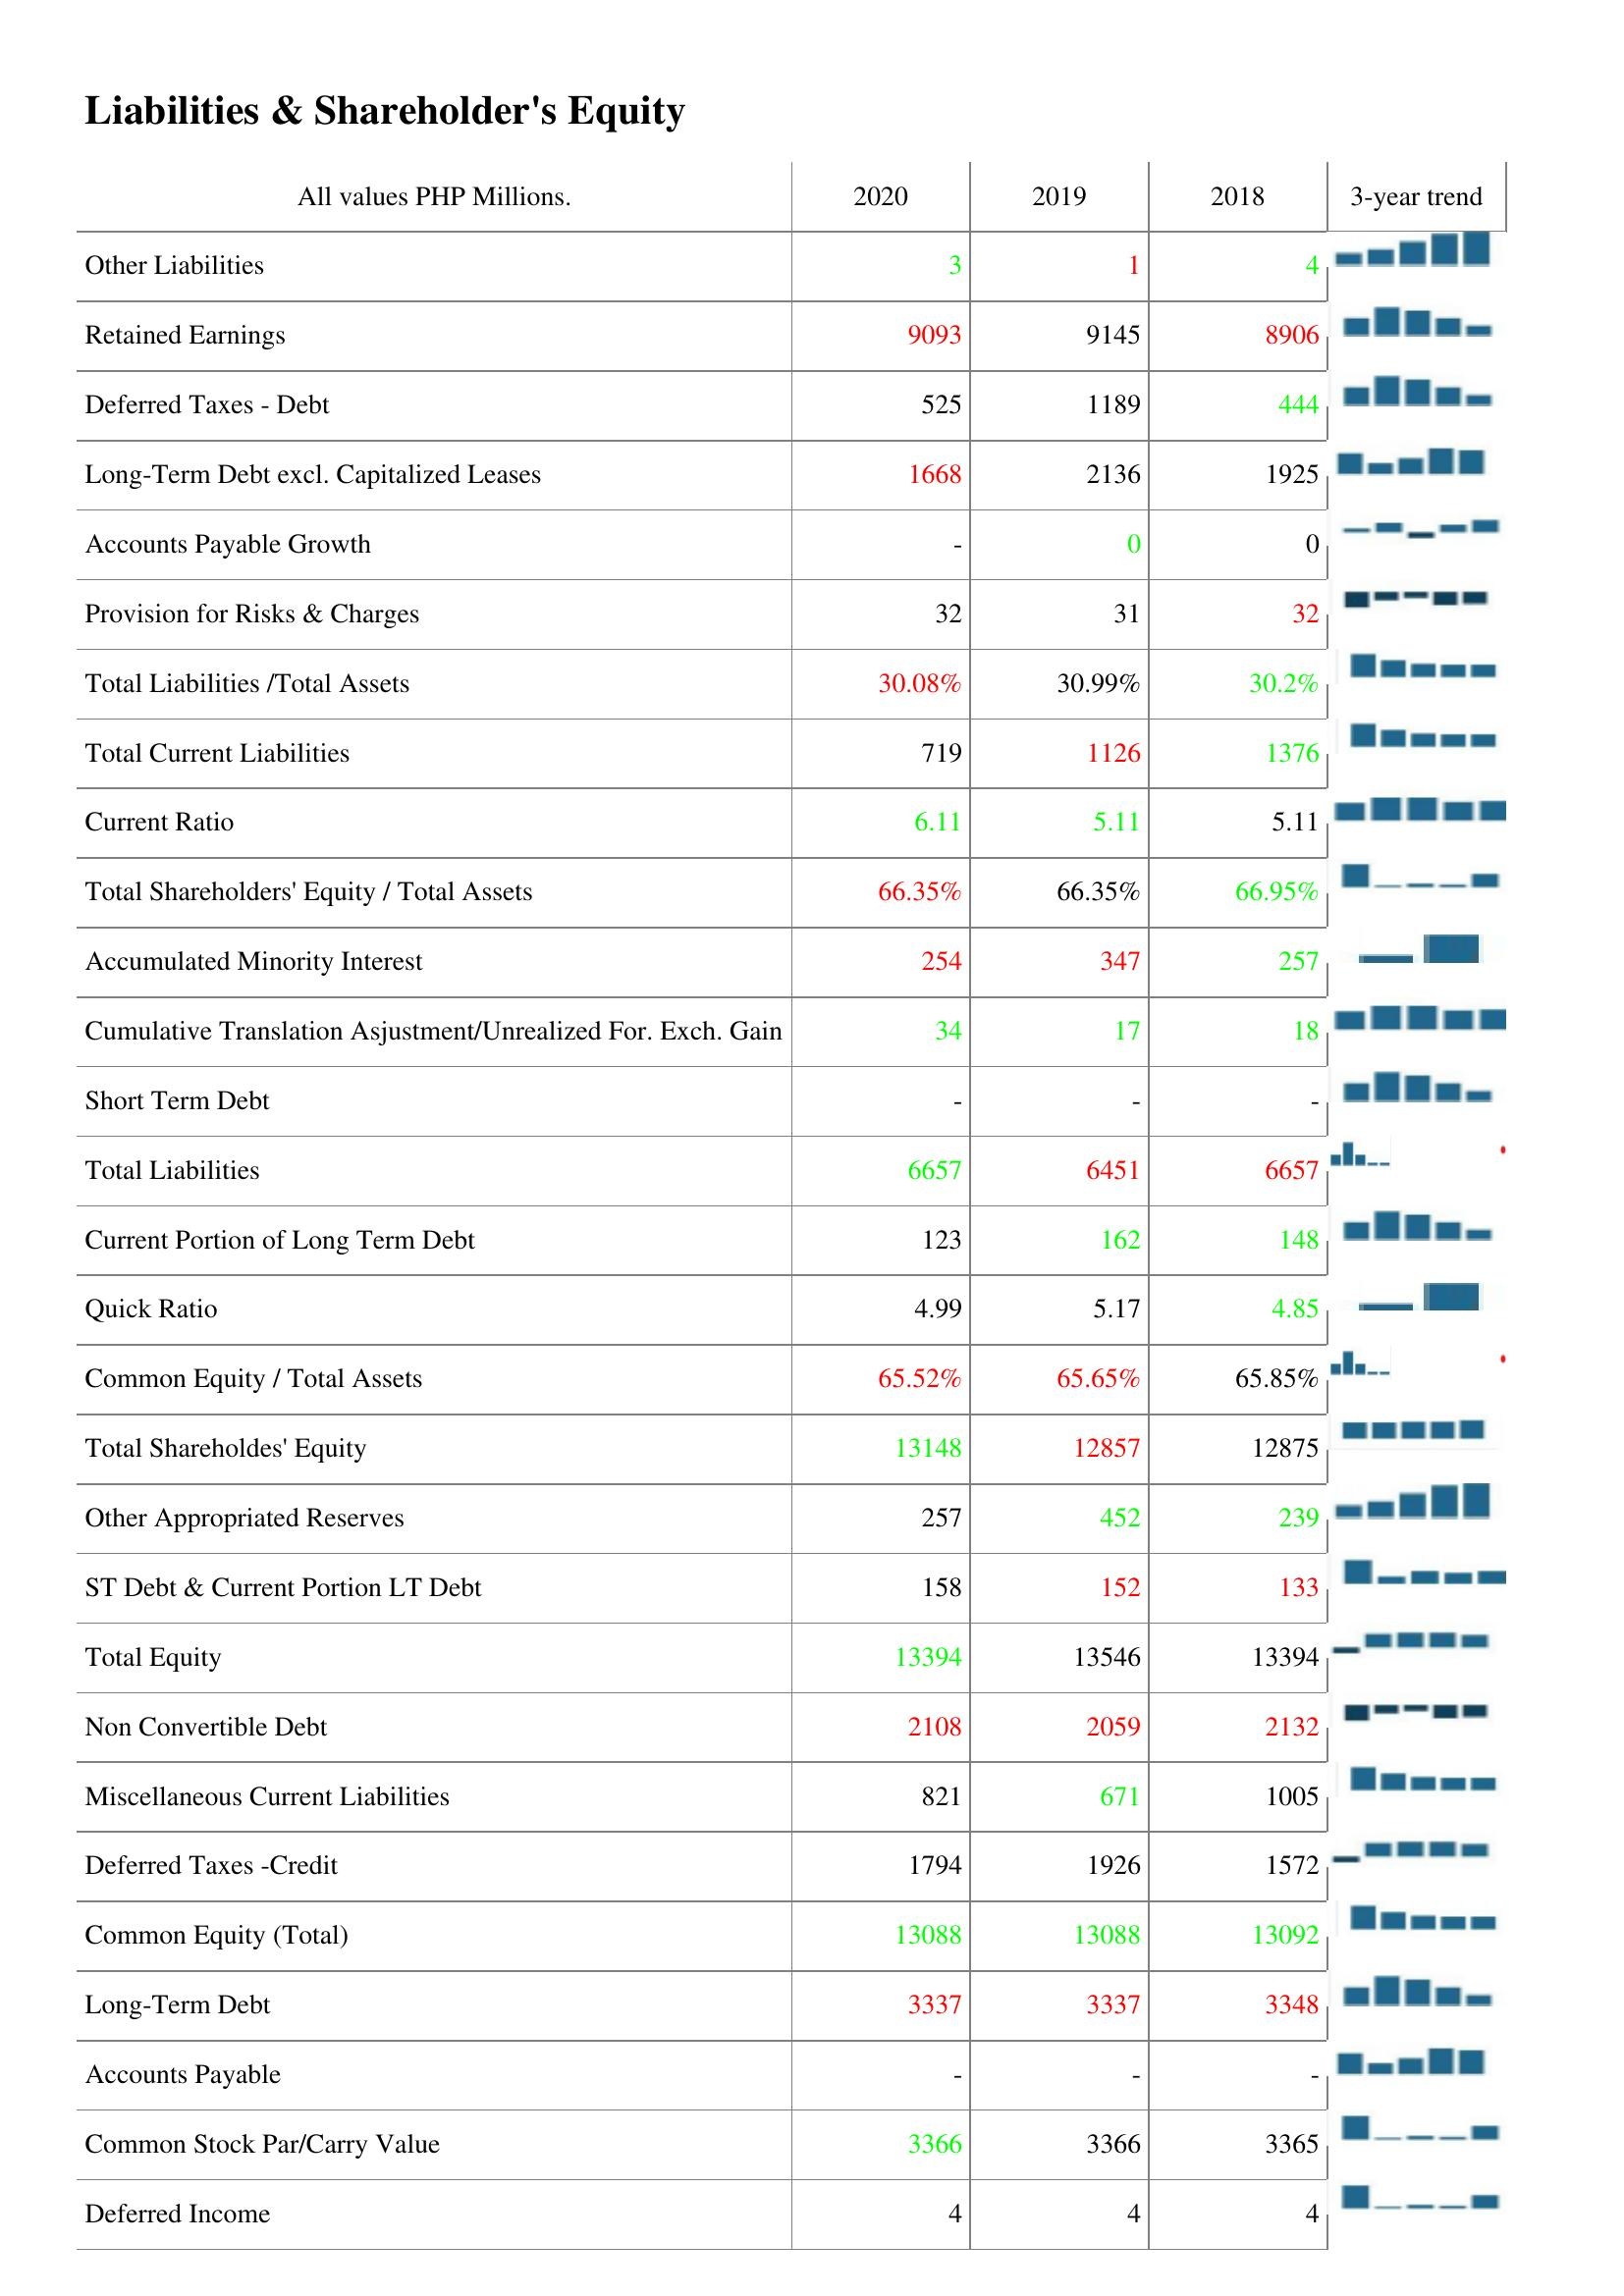
2020: Liabilities & Shareholder's Equity: Other Liabilities: 3
Retained Earnings: 9093
Deferred Taxes - Debt: 525
Long-Term Debt excl. Capitalized Leases: 1668
Accounts Payable Growth: -
Provision for Risks & Charges: 32
Total Liabilities /Total Assets: 30.08%
Total Current Liabilities: 719
Current Ratio: 6.11
Total Shareholders' Equity / Total Assets: 66.35%
Accumulated Minority Interest: 254
Cumulative Translation Asjustment/Unrealized For. Exch. Gain: 34
Short Term Debt: -
Total Liabilities: 6657
Current Portion of Long Term Debt: 123
Quick Ratio: 4.99
Common Equity / Total Assets: 65.52%
Total Shareholdes' Equity: 13148
Other Appropriated Reserves: 257
ST Debt & Current Portion LT Debt: 158
Total Equity: 13394
Non Convertible Debt: 2108
Miscellaneous Current Liabilities: 821
Deferred Taxes -Credit: 1794
Common Equity (Total): 13088
Long-Term Debt: 3337
Accounts Payable: -
Common Stock Par/Carry Value: 3366
Deferred Income: 4
2019: Liabilities & Shareholder's Equity: Other Liabilities: 1
Retained Earnings: 9145
Deferred Taxes - Debt: 1189
Long-Term Debt excl. Capitalized Leases: 2136
Accounts Payable Growth: 0
Provision for Risks & Charges: 31
Total Liabilities /Total Assets: 30.99%
Total Current Liabilities: 1126
Current Ratio: 5.11
Total Shareholders' Equity / Total Assets: 66.35%
Accumulated Minority Interest: 347
Cumulative Translation Asjustment/Unrealized For. Exch. Gain: 17
Short Term Debt: -
Total Liabilities: 6451
Current Portion of Long Term Debt: 162
Quick Ratio: 5.17
Common Equity / Total Assets: 65.65%
Total Shareholdes' Equity: 12857
Other Appropriated Reserves: 452
ST Debt & Current Portion LT Debt: 152
Total Equity: 13546
Non Convertible Debt: 2059
Miscellaneous Current Liabilities: 671
Deferred Taxes -Credit: 1926
Common Equity (Total): 13088
Long-Term Debt: 3337
Accounts Payable: -
Common Stock Par/Carry Value: 3366
Deferred Income: 4
2018: Liabilities & Shareholder's Equity: Other Liabilities: 4
Retained Earnings: 8906
Deferred Taxes - Debt: 444
Long-Term Debt excl. Capitalized Leases: 1925
Accounts Payable Growth: 0
Provision for Risks & Charges: 32
Total Liabilities /Total Assets: 30.2%
Total Current Liabilities: 1376
Current Ratio: 5.11
Total Shareholders' Equity / Total Assets: 66.95%
Accumulated Minority Interest: 257
Cumulative Translation Asjustment/Unrealized For. Exch. Gain: 18
Short Term Debt: -
Total Liabilities: 6657
Current Portion of Long Term Debt: 148
Quick Ratio: 4.85
Common Equity / Total Assets: 65.85%
Total Shareholdes' Equity: 12875
Other Appropriated Reserves: 239
ST Debt & Current Portion LT Debt: 133
Total Equity: 13394
Non Convertible Debt: 2132
Miscellaneous Current Liabilities: 1005
Deferred Taxes -Credit: 1572
Common Equity (Total): 13092
Long-Term Debt: 3348
Accounts Payable: -
Common Stock Par/Carry Value: 3365
Deferred Income: 4